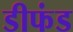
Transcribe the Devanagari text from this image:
डीफंड